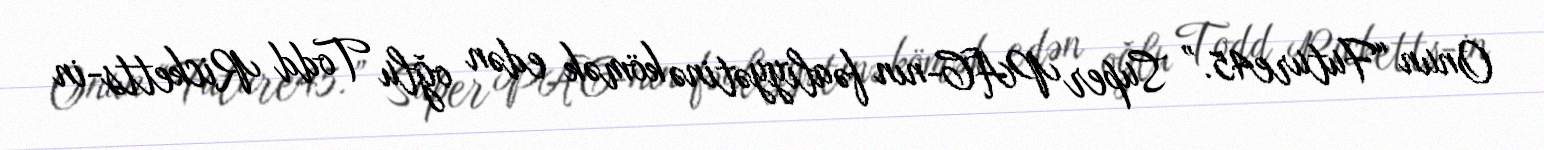
Onun “Future45.” Super PAC-nın fəaliyyətinə kömək edən oğlu Todd Ricketts-in